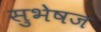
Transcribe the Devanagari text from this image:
सुभेषज